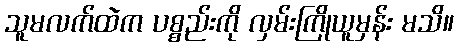
သူမလက်ထဲက ပစ္စည်းကို လှမ်းကြိုယူမှန်း မသိ။